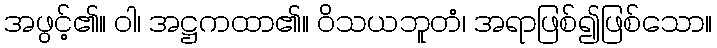
အဖွင့်၏။ ဝါ၊ အဋ္ဌကထာ၏။ ဝိသယဘူတံ၊ အရာဖြစ်၍ဖြစ်သော။